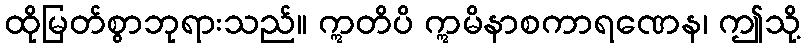
ထိုမြတ်စွာဘုရားသည်။ ဣတိပိ ဣမိနာစကာရဏေန၊ ဤသို့